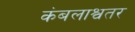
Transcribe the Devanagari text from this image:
कंबलाश्वतर